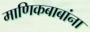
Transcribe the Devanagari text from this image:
माणिकबाबांना